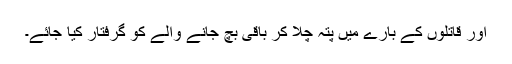
اور قاتلوں کے بارے میں پتہ چلا کر باقی بچ جانے والے کو گرفتار کیا جائے۔